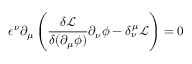
\epsilon ^ { \nu } \partial _ { \mu } \left( \frac { \delta \mathcal { L } } { \delta ( \partial _ { \mu } \phi ) } \partial _ { \nu } \phi - \delta _ { \nu } ^ { \mu } \mathcal { L } \right) = 0